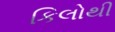
કિલોથી